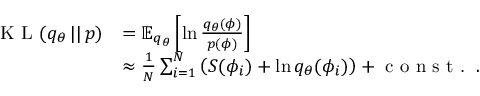
\begin{array} { r l } { \textrm { K L } ( q _ { \theta } \, | | \, p ) } & { = \mathbb { E } _ { q _ { \theta } } \left[ \ln \frac { q _ { \theta } ( \phi ) } { p ( \phi ) } \right] } \\ & { \approx \frac { 1 } { N } \sum _ { i = 1 } ^ { N } \left( S ( \phi _ { i } ) + \ln q _ { \theta } ( \phi _ { i } ) \right) + \textrm { c o n s t . } \, . } \end{array}